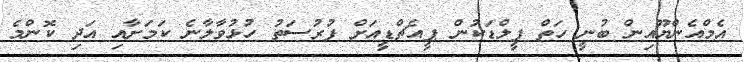
އެމްއެންޔޫއިން ބުނީ ހަތް ފީލްޑަކުން ޕީއެޗްޑީއަށް ފުރުސަތު ހުޅުވާލާނެ ކަމަށާއި އަދި ކޮންމެ